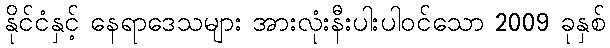
နိုင်ငံနှင့် နေရာဒေသများ အားလုံးနီးပါးပါဝင်သော 2009 ခုနှစ်